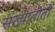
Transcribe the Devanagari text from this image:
संख्यातीतो